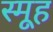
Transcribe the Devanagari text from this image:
स्मूह